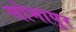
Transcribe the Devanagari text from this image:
सोभापुर